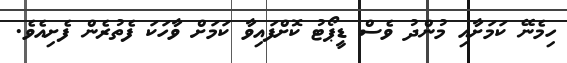
ހިމެނޭ ކަމަށާއި މުންދު ވެސް ޑީޕޯޓު ކޮށްފައިވާ ކަމަށް ވާހަކަ ފެތުރެން ފެށިއެވެ.